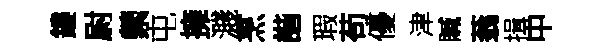
鏤尉縈屯擁濺烹諧瑕苟優津贓蓊揖中